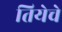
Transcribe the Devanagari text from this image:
तियेचे